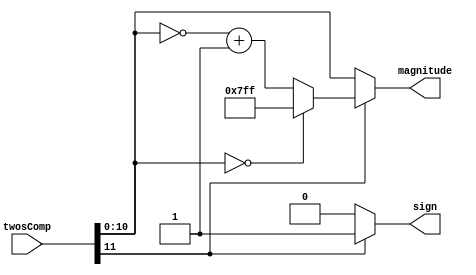
`timescale 1ns / 1ps
//////////////////////////////////////////////////////////////////////////////////
// Company: 
// Engineer: 
// 
// Design Name: 
// Module Name:    toSgnMag 
// Project Name: 
// Target Devices: 
// Tool versions: 
// Description: 
//
// Dependencies: 
//
// Revision: 
// Revision 0.01 - File Created
// Additional Comments: 
//
//////////////////////////////////////////////////////////////////////////////////
module toSgnMag(
    input [11:0] twosComp,
    output reg [10:0] magnitude,
	 output reg sign
    );
	 
	 always @ (twosComp) begin
		if (twosComp[11] == 0) begin
			sign <= 0;
			magnitude <= twosComp[10:0];
		end
		
		else begin
			sign <= 1;
			
			// check for -2048 overflow
			if (twosComp[10:0] == 0) begin
				magnitude <= 2047;
			end
			
			else begin
				magnitude <= (~twosComp + 1);
			end
			
		end
	 end
	 


endmodule